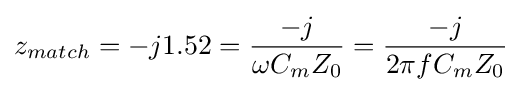
z_{match}=-j1.52={\frac {-j}{\omega C_{m}Z_{0}}}={\frac {-j}{2\pi fC_{m}Z_{0}}}